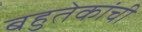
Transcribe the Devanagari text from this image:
बहुतेकांची